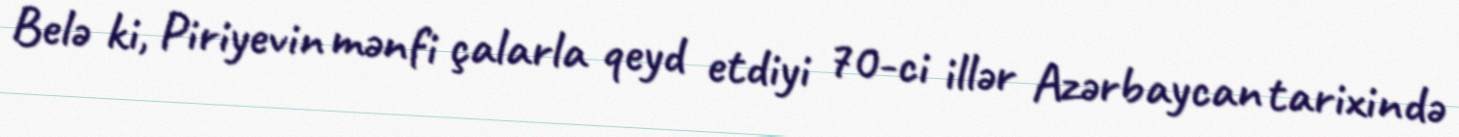
Belə ki, Piriyevin mənfi çalarla qeyd etdiyi 70-ci illər Azərbaycan tarixində